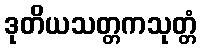
ဒုတိယသတ္တကသုတ္တံ